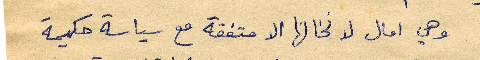
وهي امال لا نخالها الا متفقة مع سياسة حكيمة